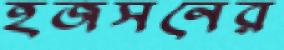
হজসনের